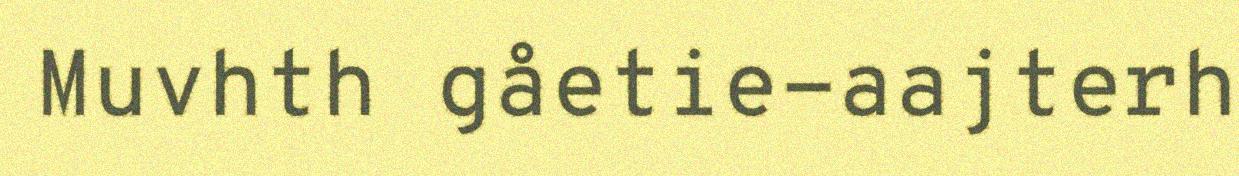
Muvhth gåetie-aajterh